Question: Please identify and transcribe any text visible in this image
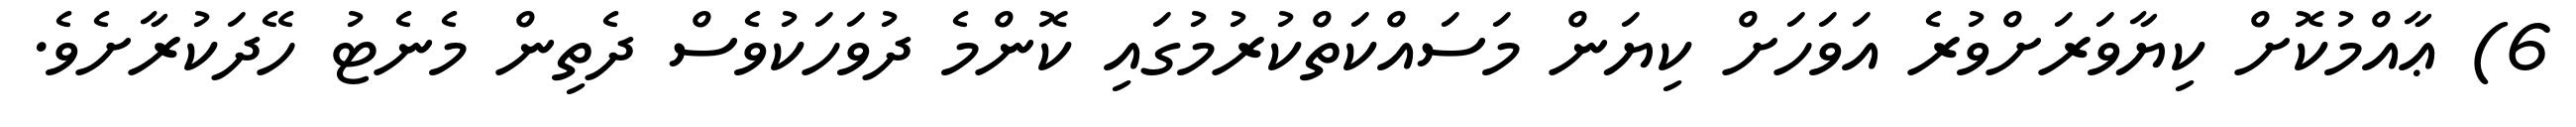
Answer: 6) ޢާއްމުކޮށް ކިޔާވަރަށްވުރެ އަވަހަށް ކިޔަން މަސައްކަތްކުރުމުގައި ކޮންމެ ދުވަހަކުވެސް ދެތިން މެނެޓު ހޭދަކުރާށެވެ.